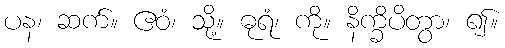
ပန၊ ဆက်။ ဧဝံ၊ သို့။ ဓုရံ၊ ကို။ နိက္ခိပိတွာ၊ ၍။